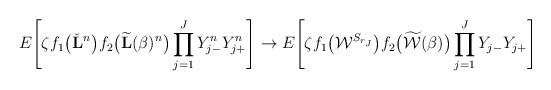
LaTeX: \begin{align*} E \Biggl[\zeta f_1\bigl(\check{\mathbf{L}}^n\bigr)f_2\bigl(\widetilde{\mathbf{L}}(\beta)^n\bigr)\prod_{j=1}^JY^n_{j-}Y^n_{j+}\Biggr] \to E \Biggl[\zeta f_1\bigl(\mathcal{W}^{S_{r_J}}\bigr)f_2\bigl(\widetilde{\mathcal{W}}(\beta)\bigr)\prod_{j=1}^JY_{j-}Y_{j+} \Biggr]\end{align*}